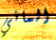
الماني